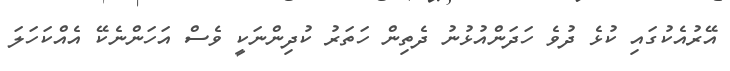
އޭރުއެކުގައި ކުޅެ ދުވެ ހަދަންއުޅުނު ދެތިން ހަތަރު ކުދިންނަކީ ވެސް އަހަންނެކޭ އެއްކަހަލަ